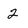
Character: 2